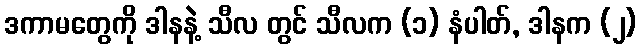
ဒကာမတွေကို ဒါနနဲ့ သီလ တွင် သီလက (၁) နံပါတ်, ဒါနက (၂)